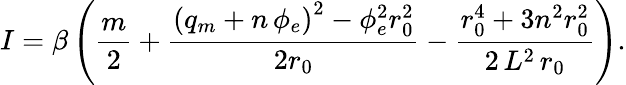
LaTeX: I=\beta\left(\frac{m}{2}+\frac{\left(q_{m}+n\, \phi_{e}\right)^{2}-\phi_{e}^{2}r_{0}^{2}}{2r_{0}}-\frac{r_{0}^{4}+3n^{2}r_{0}^{2}}{2\, L^{2}\, r_{0}}\right).